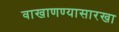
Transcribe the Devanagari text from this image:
वाखाणण्यासारखा